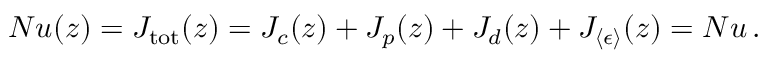
N u ( z ) = J _ { \mathrm { t o t } } ( z ) = J _ { c } ( z ) + J _ { p } ( z ) + J _ { d } ( z ) + J _ { \langle \epsilon \rangle } ( z ) = N u \, .